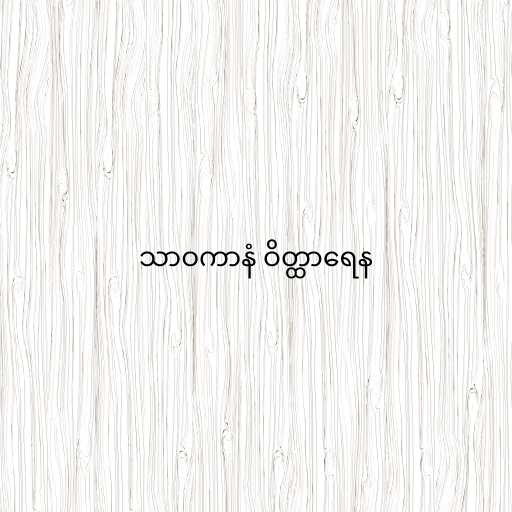
သာဝကာနံ ဝိတ္ထာရေန